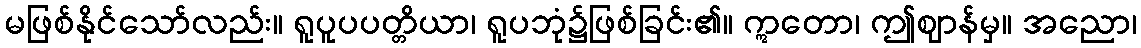
မဖြစ်နိုင်သော်လည်း။ ရူပူပပတ္တိယာ၊ ရူပဘုံ၌ဖြစ်ခြင်း၏။ ဣတော၊ ဤဈာန်မှ။ အညော၊